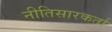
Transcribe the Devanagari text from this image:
नीतिसारकर्ता